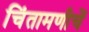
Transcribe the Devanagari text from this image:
चिंतामणीचें